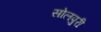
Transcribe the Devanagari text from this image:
सोलपुरी